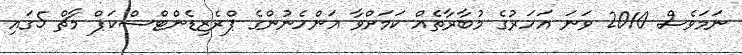
ނަމަވެސް 2010 ވަނަ އަަހަރުގެ މުބާރާތެއް ކަމަށްވާ އަންހެނުންގެ ޕްރެޒިޑެންޓްސްކަޕް މާޗް 5ގައި